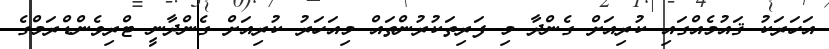
އަހަރަކު ޤައުމެއްގައި ކުރިއަށް ގެންދާ މި ފަރިތަކުރުންތައް މިއަހަރު ކުރިއަށް ގެންދާނީ ޓްރިވެންޑްރަމްގެ